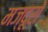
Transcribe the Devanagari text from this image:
मज्दूरों